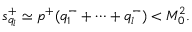
s _ { q _ { l } } ^ { + } \simeq p ^ { + } ( q _ { 1 } ^ { - } + \cdots + q _ { l } ^ { - } ) < M _ { 0 } ^ { 2 } .